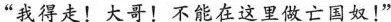
“我得走!大哥!不能在这里做亡国奴!”